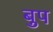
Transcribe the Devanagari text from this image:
बुप